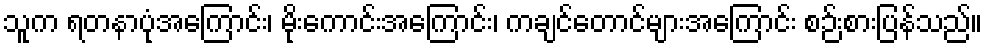
သူက ရတနာပုံအကြောင်း၊ မိုးကောင်းအကြောင်း၊ ကချင်တောင်များအကြောင်း စဉ်းစားပြန်သည်။